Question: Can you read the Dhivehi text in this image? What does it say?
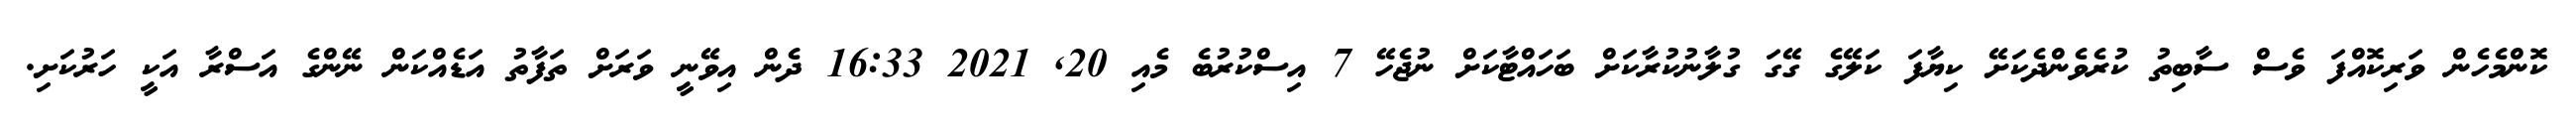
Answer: ކޮންމެހެން ވަރިކޮއްފަ ވެސް ސާބިތު ކުރެވެންދެކަށޭ ކިޔާފަ ކަލޭގެ ގޭގަ ގުލާނުކުރާކަށް ބަހައްޓާކަށް ނުޖެހޭ 7 އިސްކުރުބެ މެއި 20, 2021 16:33 ދެން އިވޭނީ ވަރަށް ތަފާތު އަޑެއްކަން ނޭންގެ އަސްރާ އަކީ ހަރުކަށި.